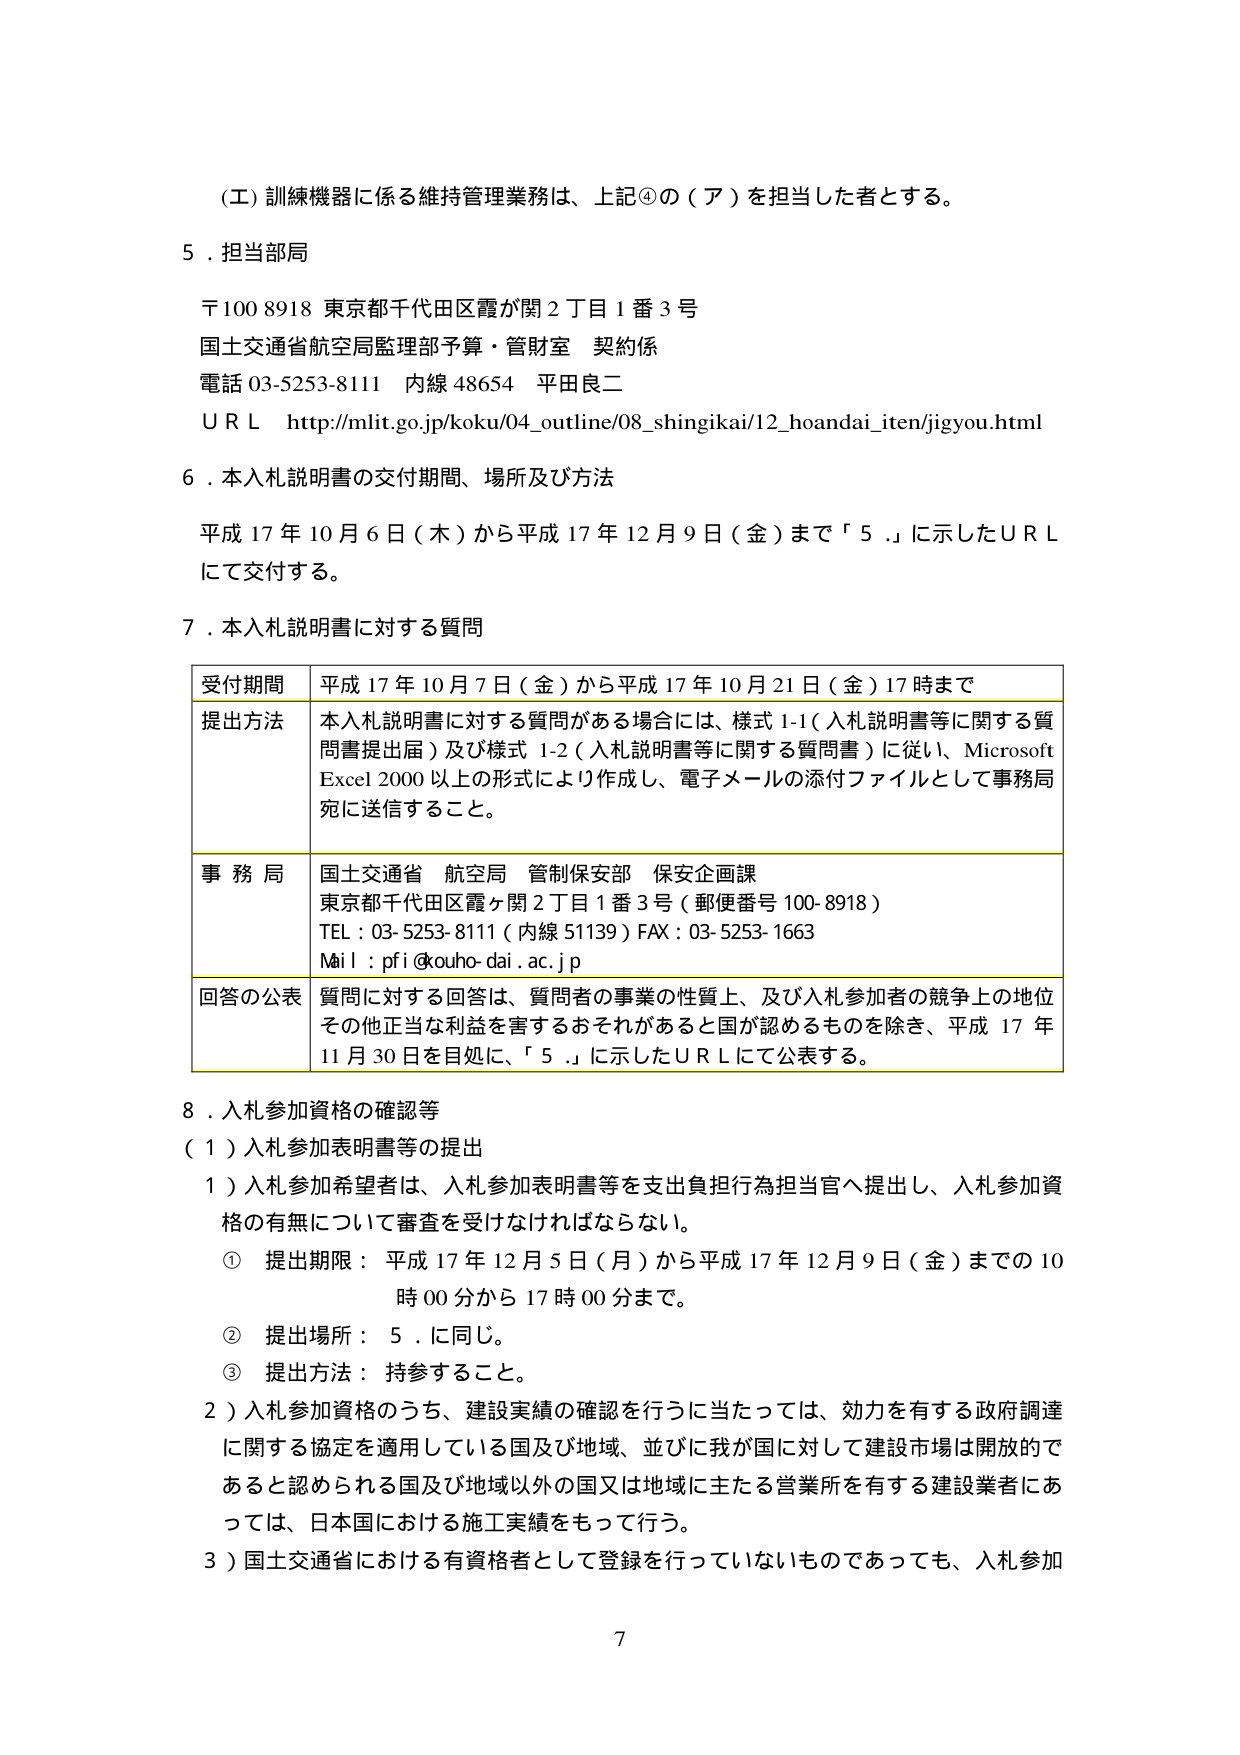
（工）訓練機器に係る維持管理業務は、上記④の（ア）を担当した者とする。

５．担当部局

〒100 8918 東京都千代田区霞が関２丁目１番３号
国土交通省航空局監理部予算・管財室 契約係
電話 03-5253-8111 内線 48654 平田良二
ＵＲＬ http://mlit.go.jp/koku/04_outline/08_shingikai/12_hoandai_iten/jigyou.html

６．本入札説明書の交付期間、場所及び方法

平成17年10月6日（木）から平成17年12月9日（金）まで「５．」に示したＵＲＬにて交付する。

７．本入札説明書に対する質問

| 受付期間 | 平成17年10月7日（金）から平成17年10月21日（金）17時まで |
|----------|----------------------------------------------------------|
| 提出方法 | 本入札説明書に対する質問がある場合には、様式1-1（入札説明書等に関する質問書提出届）及び様式1-2（入札説明書等に関する質問書）に従い、Microsoft Excel 2000以上の形式により作成し、電子メールの添付ファイルとして事務局宛に送信すること。 |
| 事務局 | 国土交通省 航空局 管制保安部 保安企画課<br>東京都千代田区霞ヶ関２丁目１番３号（郵便番号100-8918）<br>TEL：03-5253-8111（内線51139）FAX：03-5253-1663<br>Maiｌ：pfi@kouho-dai.ac.jp |
| 回答の公表 | 質問に対する回答は、質問者の事業の性質上、及び入札参加者の競争上の地位その他正当な利益を害するおそれがあると国が認めるものを除き、平成17年11月30日を目処に、「５．」に示したＵＲＬにて公表する。 |

８．入札参加資格の確認等

（１）入札参加表明書等の提出

１）入札参加希望者は、入札参加表明書等を支出負担行為担当官へ提出し、入札参加資格の有無について審査を受けなければならない。

① 提出期限：平成17年12月5日（月）から平成17年12月9日（金）までの10時00分から17時00分まで。

② 提出場所：５．に同じ。

③ 提出方法：持参すること。

２）入札参加資格のうち、建設実績の確認を行うに当たっては、効力を有する政府調達に関する協定を適用している国及び地域、並びに我が国に対して建設市場は開放的であると認められる国及び地域以外の国又は地域に主たる営業所を有する建設業者にあっては、日本国における施工実績をもって行う。

３）国土交通省における有資格者として登録を行っていないものであっても、入札参加

7